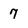
Character: 7